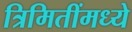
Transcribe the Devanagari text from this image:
त्रिमितींमध्ये